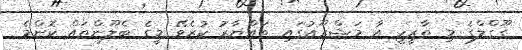
ގޫގްލްގެ މި ތާރީހީ އާ މަޝްރޫއުގައި ތައްޔާރު ކުރެވޭ މީގެ ބެލޫންތައް ކޮންމެ